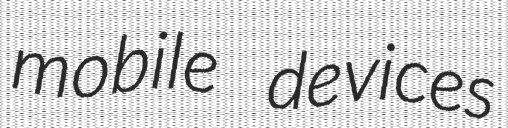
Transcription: mobile devices